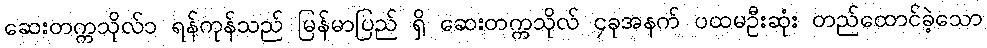
ဆေးတက္ကသိုလ်၁ ရန်ကုန်သည် မြန်မာပြည် ရှိ ဆေးတက္ကသိုလ် ၄ခုအနက် ပထမဦးဆုံး တည်ထောင်ခဲ့သော